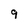
Character: 9